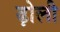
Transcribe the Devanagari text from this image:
ढ़ोली